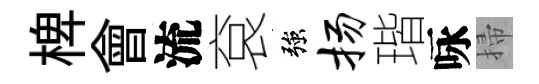
椑會流袞強扬瑎咏掃